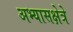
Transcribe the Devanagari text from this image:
अभ्यासक्षेत्रे